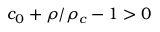
c _ { 0 } + \rho / \rho _ { c } - 1 > 0